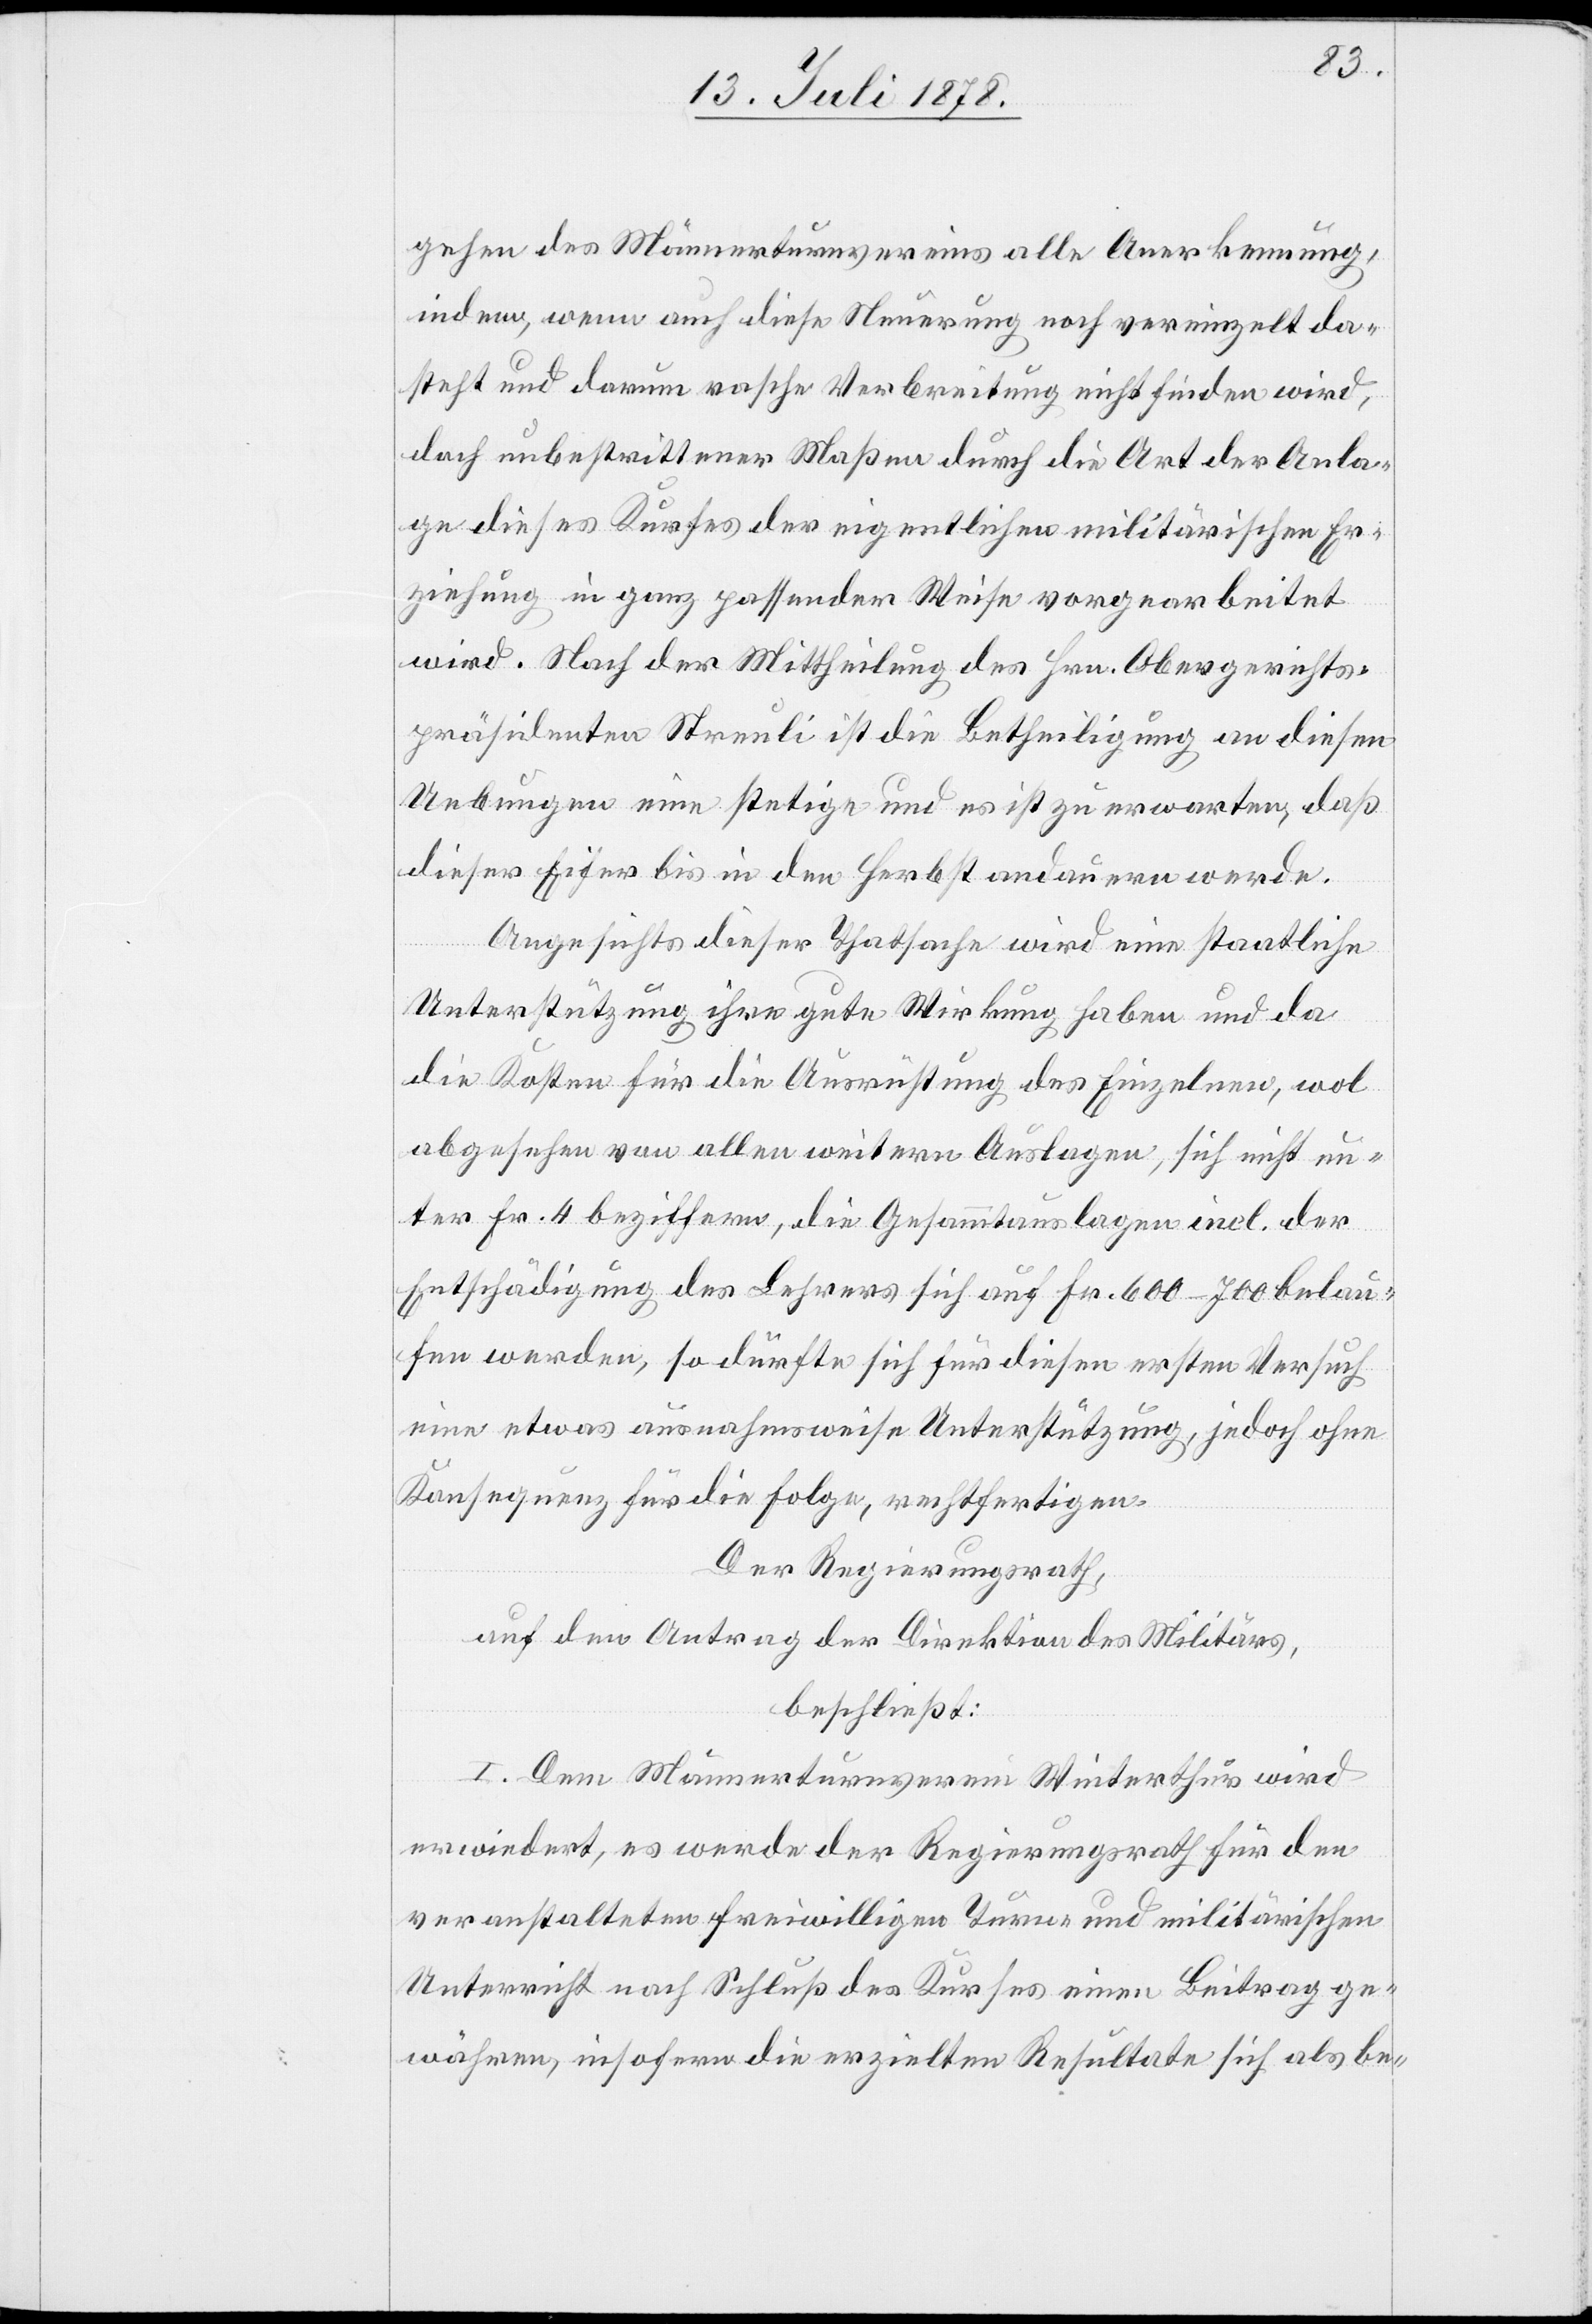
gehen des Männerturnvereins alle Anerkennung,
indem, wenn auch diese Neuerung noch vereinzelt da¬
steht und darum rasche Verbreitung nicht finden wird,
doch unbestrittener Maßen durch die Art der Anla¬
ge dieses Kurses der eigentlichen militärischen Er¬
ziehung in ganz passender Weise vorgearbeitet
wird. Nach der Mittheilung des Hrn. Obergerichts¬
präsidenten Streuli ist die Betheiligung an diesen
Uebungen eine stetige und es ist zu erwarten, daß
dieser Eifer bis in den Herbst andauern werde.
Angesichts dieser Thatsache wird eine staatliche
Unterstützung ihre gute Wirkung haben und da
die Kosten für die Ausrichtung des Einzelnen, wol
abgesehen von allen weitern Auslagen, sich nicht un¬
ter Fr. 4 beziffern, die Gesammtauslagen incl. der
Entschädigung des Lehrers sich auf Fr. 600–700 belau¬
fen werden, so dürfte sich für diesen ersten Versuch
eine etwas ausnahmsweise Unterstützung, jedoch ohne
Konsequenz für die Folge, rechtfertigen.
Der Regierungsrath,
auf den Antrag der Direktion des Militärs,
beschließt:
I. Dem Männerturnverein Winterthur wird
erwiedert, es werde der Regierungsrath für den
veranstalteten freiwilligen Turn- und militärischen
Unterricht nach Schluß des Kurses einen Beitrag ge¬
währen, insofern die erzielten Resultate sich als be-